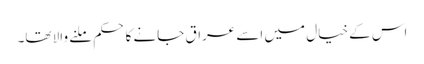
اس کے خیال میں اسے عراق جانے کا حکم ملنے والا تھا۔